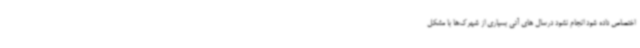
اختصاص داده شود انجام نشود درسال های آتی بسیاری از شهرک‌ها با مشکل